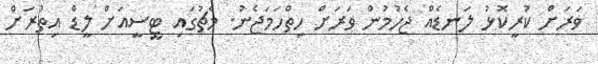
ވަރަށް ކުރީކޮޅު ލަނޑެއް ޖެހުމުން ވަރަށް ހިތްހަމަޖެނު. މެޗުގައި ޓީސީއަށް ލީޑް އިތުރަށް